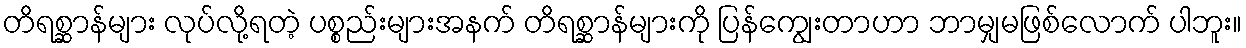
တိရစ္ဆာန်များ လုပ်လို့ရတဲ့ ပစ္စည်းများအနက် တိရစ္ဆာန်များကို ပြန်ကျွေးတာဟာ ဘာမျှမဖြစ်လောက် ပါဘူး။